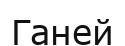
Ганей